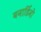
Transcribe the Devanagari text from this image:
बनार्डिनो